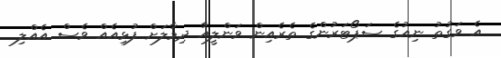
އެ ވަގުތު ނިއުގެ ސަޕޯޓަރުންގެ ތެރެއިން ވަންލީއާ ދިމާލަށް ފުޅިއެއް ވެސް އެއްލި